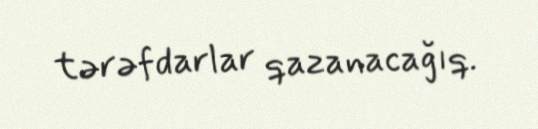
tərəfdarlar qazanacağıq.